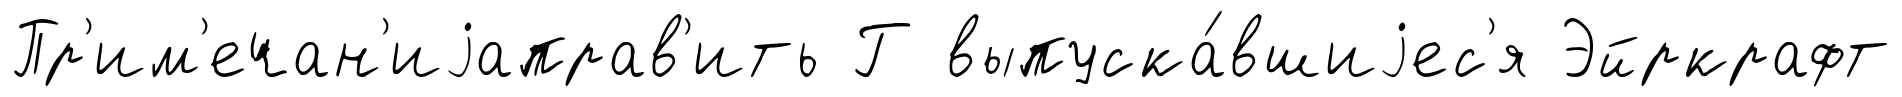
Пр'им'ечан'иjаправ'ить Г выпуска́вшиjес'я Эйркрафт